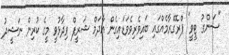
"ސަންގު ޓީވީ" ޕްރޮގްރާމެއްގައި ބައިވެރިވެވަޑައިގެން އާދަމް ޝަރީފް ވިދާޅުވީ މީގެ ކުރިން ނަޝީދު